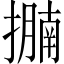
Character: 𢷁